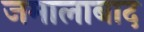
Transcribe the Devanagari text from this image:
जमालाबाद